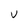
Character: V